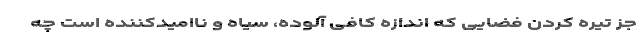
جز تیره کردن فضایی که اندازه کافی آلوده، سیاه و ناامیدکننده است چه